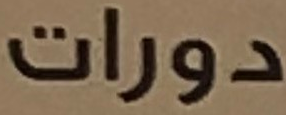
دورات